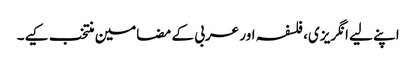
اپنے لیے انگریزی، فلسفہ اور عربی کے مضامین منتخب کیے۔